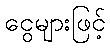
ငွေများဖြင့်